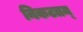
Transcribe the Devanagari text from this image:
निकटतम्